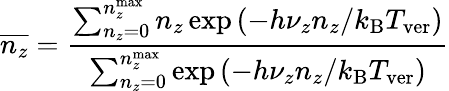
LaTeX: \overline{{n_{z}}}=\frac{\sum_{n_{z}=0}^{n_{z}^{\mathrm{max}}}n_{z}\exp{(-h\nu_{z}n_{z}/k_{\mathrm{B}}T_{\mathrm{ver}})}}{\sum_{n_{z}=0}^{n_{z}^{\mathrm{max}}}\exp{(-h\nu_{z}n_{z}/k_{\mathrm{B}}T_{\mathrm{ver}})}}